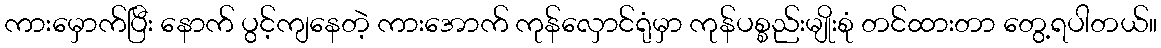
ကားမှောက်ပြီး နောက် ပွင့်ကျနေတဲ့ ကားအောက် ကုန်လှောင်ရုံမှာ ကုန်ပစ္စည်းမျိုးစုံ တင်ထားတာ တွေ့ရပါတယ်။